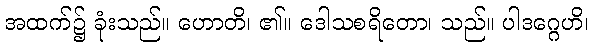
အထက်၌ ခုံးသည်။ ဟောတိ၊ ၏။ ဒေါသစရိတော၊ သည်။ ပါဒဂ္ဂေဟိ၊